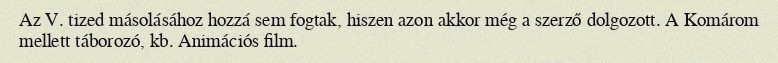
Az V. tized másolásához hozzá sem fogtak, hiszen azon akkor még a szerző dolgozott. A Komárom mellett táborozó, kb. Animációs film.